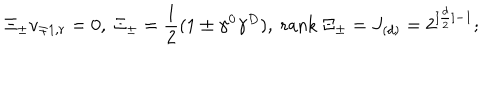
\ \Xi _ { \pm } v _ { \mp 1 , r } = 0 , \; \Xi _ { \pm } = \frac { 1 } { 2 } ( 1 \pm \gamma ^ { 0 } \gamma ^ { D } ) , \; \mathrm { r a n k } \; \Xi _ { \pm } = J _ { ( d ) } = 2 ^ { [ \frac { d } { 2 } ] - 1 } ;